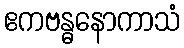
ဧကဗန္ဓနောကာသံ